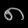
Digit: ၈